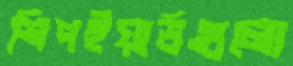
শিপইয়ার্ডগুলো